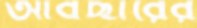
আবছারের